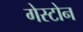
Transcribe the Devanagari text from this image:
गेस्टोन